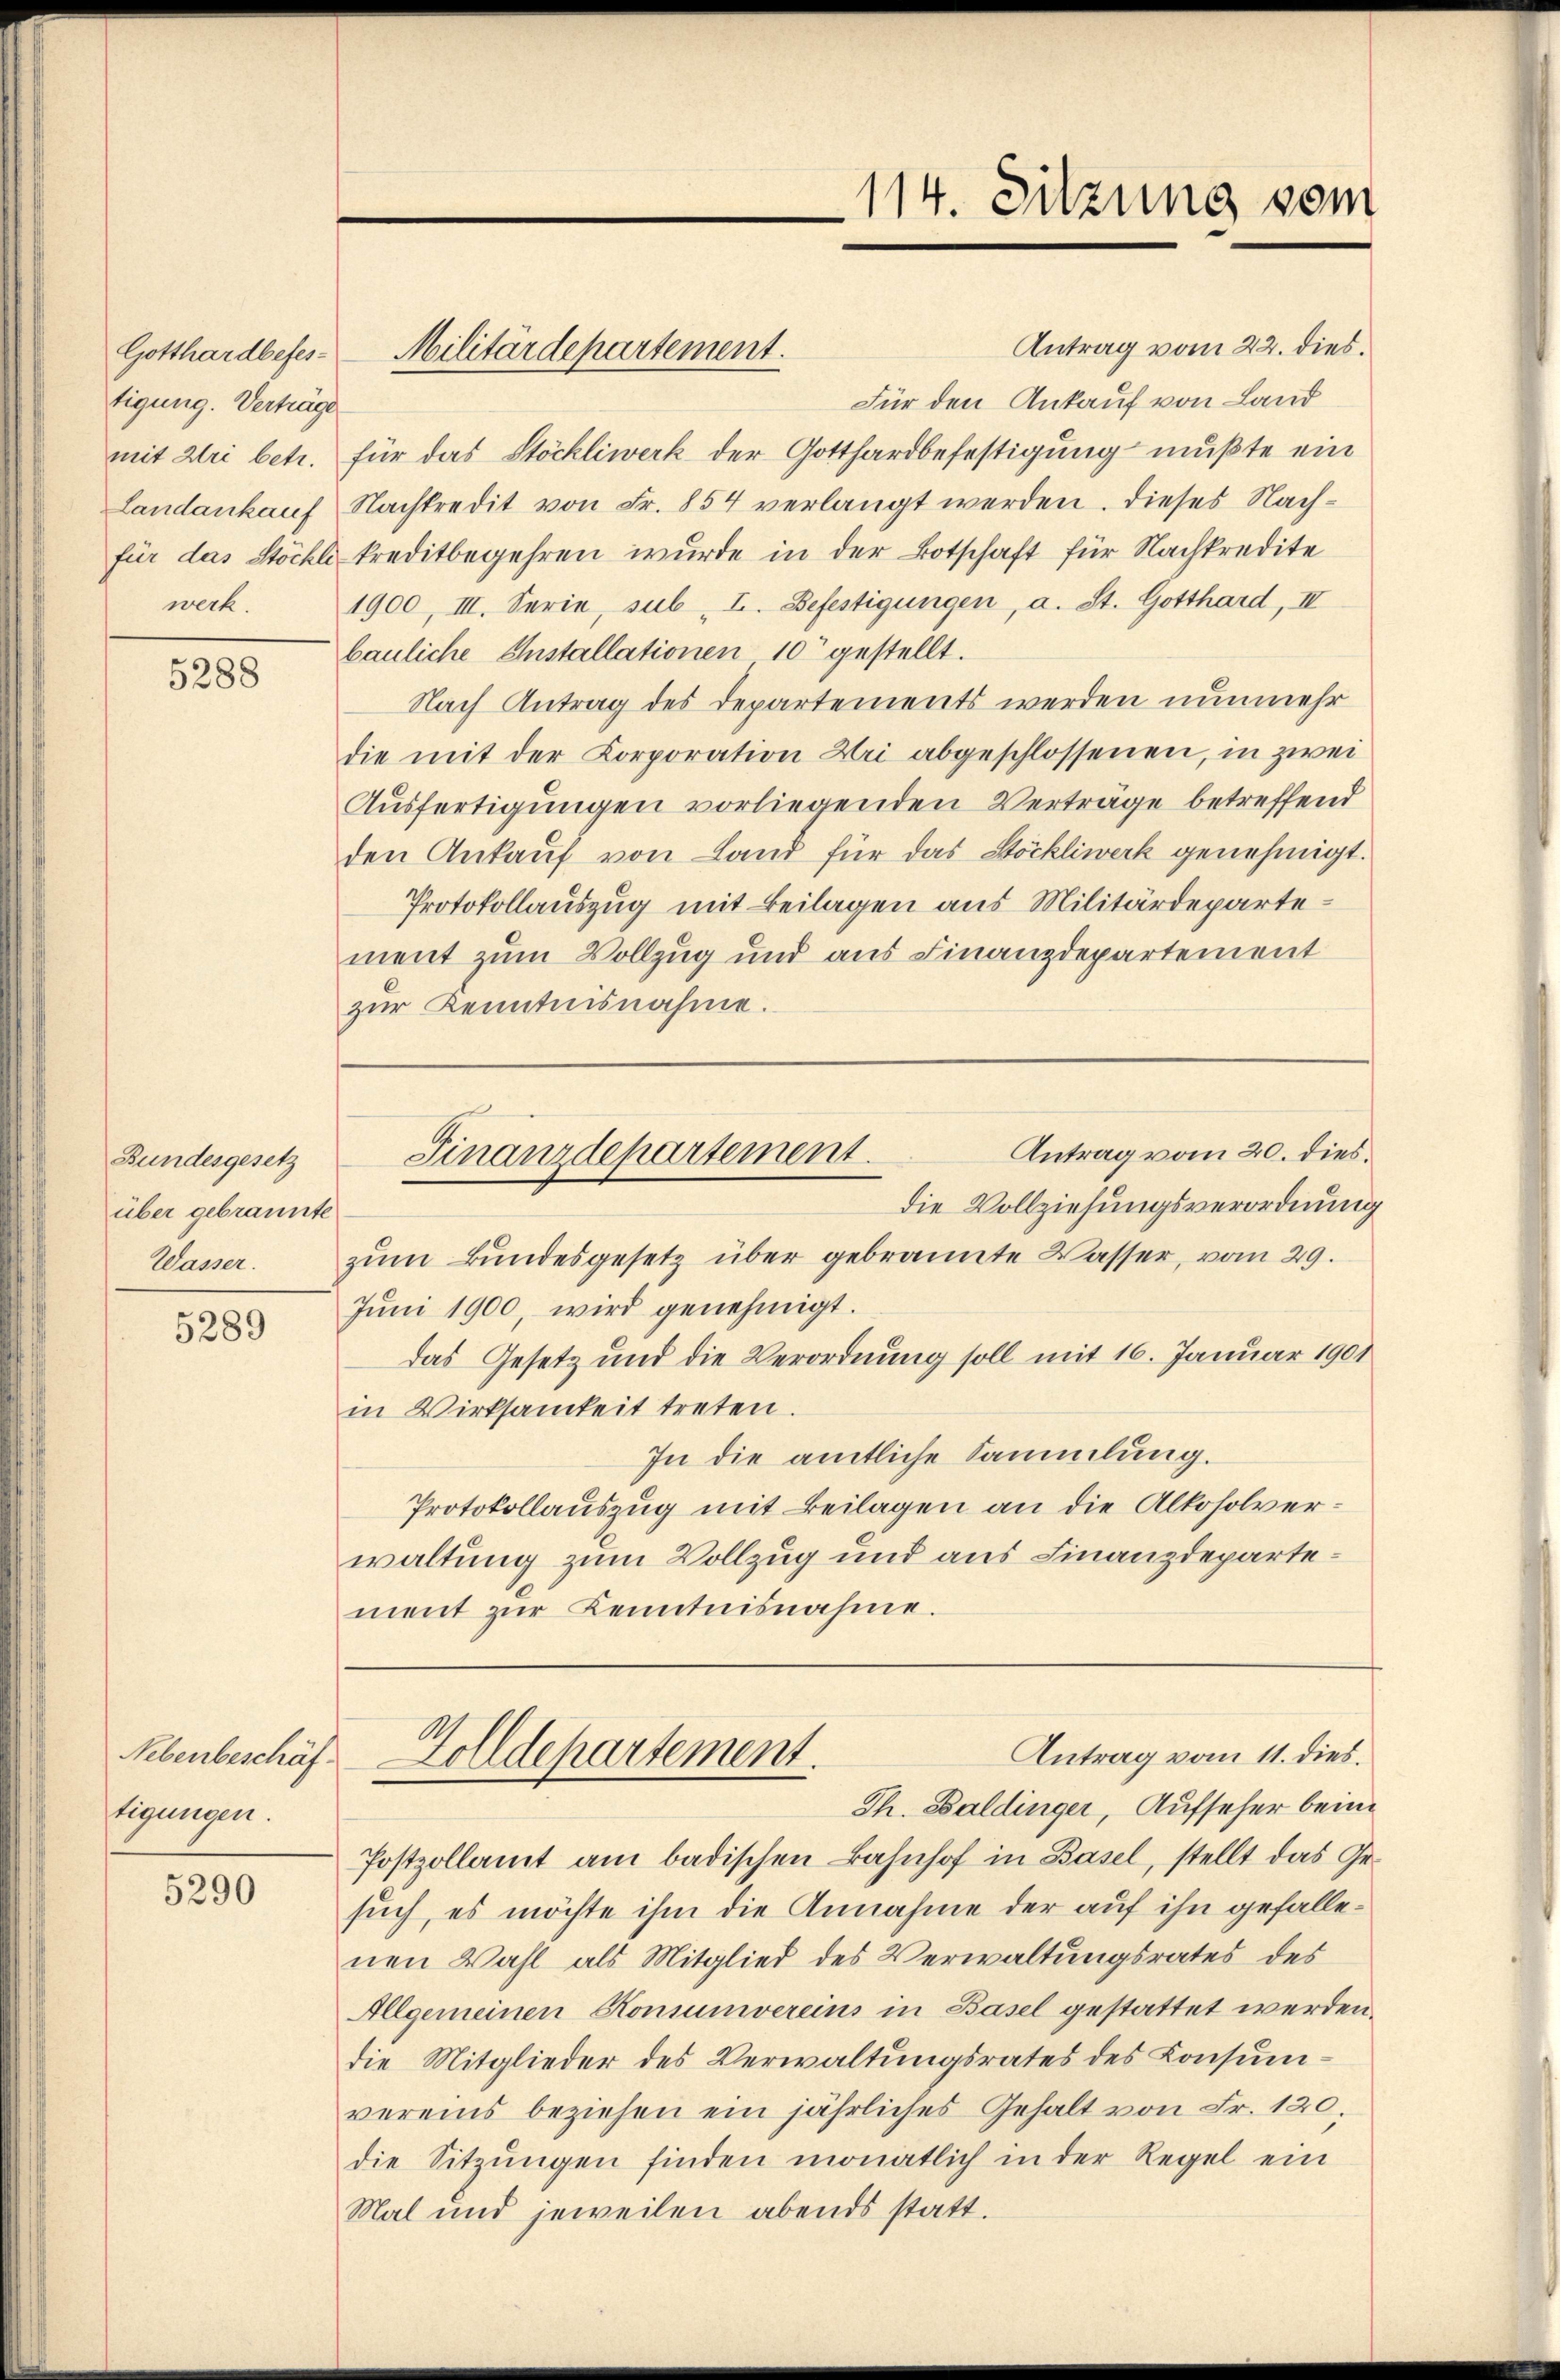
tigung. Verträge
wech.

5288

Bundesgesetz
über gebrannte
Wasser.

5289

Nebenbeschäf
tigungen.

5290

Antrag vom 22. dies.
Für den Ankauf von Land
mit Uri betr. für das Stöckliwerk der Gotthardbefestigung mußte ein
Landankauf Nachkredit von Fr. 854 verlangt werden. Dieses Nachfür das Stöckl kreditbegehren wurde in der Botschaft für Nachkredite
1900, III. Serie, sub. I. Befestigungen, a. St. Gotthard, II
bauliche Installationen 10 gestellt.
Nach Antrag des Departements werden nunmehr
die mit der Corporation Uri abgeschlossenen, in zwei
Ausfertigungen vorliegenden Verträge betreffend
den Ankauf von Land für das Böckliwerk genehmigt.
Protokollauszug mit Beilagen aus Militärdepartement zum Vollzug und aus Finanzdepartement
zur Kenntnisnahme.

Gotthardbefes Militärdepartement.

114. Sitzung vom

zum Bundesgesetz über gebrannte Wasser, vom 29.
Juni 1900, wird genehmigt.
das Gesetz und die Verordnung soll mit 16. Januar 1901
in Wirksamkeit treten.
In die amtliche Sammlung.
Protokollauszug mit Beilagen an die Alkoholverwaltung zum Vollzug und aus Finanzdepartement zŭr Kenntnisnahme.

Antrag vom 20. dies
Finanzdepartement.
die Vollziehungsverordnung

Antrag vom 11. dies.
Zolldepartement.

Th. Baldinger, Aufseher beim
Postzollamt am badischen Bahnhof in Basel, stellt das Ge-
such, es möchte ihm die Annahme der auf ihn gefallenen Wahl als Mitglied des Verwaltungsrates des
Allgemeinen Konsumvereins in Basel gestattet werden.
die Mitglieder des Verwaltungsrates des Consumvereins beziehen ein jährliches Gehalt von Fr. 120.
die Sitzŭngen finden monatlich in der Regel ein
Mal und jeweilen abends statt.